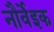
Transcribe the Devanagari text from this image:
नौर्वेइक